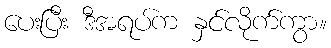
ပေးပြီး ဒီအရပ်က နှင်လိုက်ကွာ။